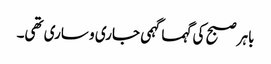
باہر صبح کی گہما گہمی جاری و ساری تھی۔